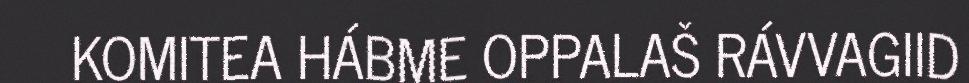
KOMITEA HÁBME OPPALAŠ RÁVVAGIID